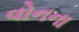
વોનના